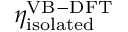
\eta _ { \mathrm { i s o l a t e d } } ^ { \mathrm { V B - D F T } }